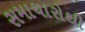
સમાચારોથી